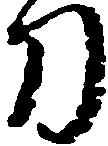
刀